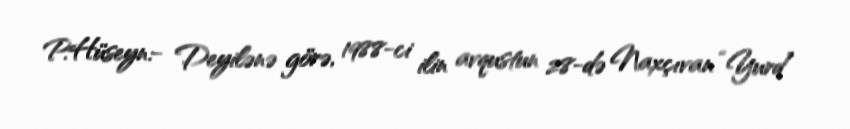
P.Hüseyn:- Deyilənə görə, 1988-ci ilin avqustun 28-də Naxçıvan “Yurd”